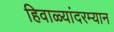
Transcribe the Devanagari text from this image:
हिवाळ्यांदरम्यान